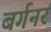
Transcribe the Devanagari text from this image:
बर्गनर